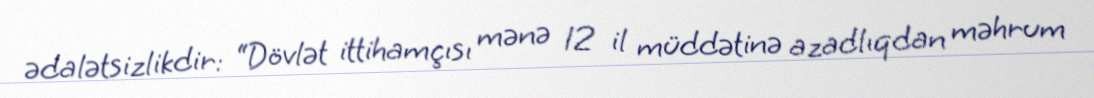
ədalətsizlikdir: “Dövlət ittihamçısı mənə 12 il müddətinə azadlıqdan məhrum